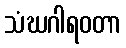
သံဃဂါရဝတာ